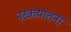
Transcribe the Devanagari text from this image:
नरकयातना